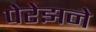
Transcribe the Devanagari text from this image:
पेरेझने